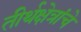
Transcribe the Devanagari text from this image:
तीर्थक्षेत्रांचे